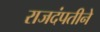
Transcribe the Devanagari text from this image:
राजदंपतीने